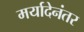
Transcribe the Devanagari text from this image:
मर्यादेनंतर